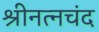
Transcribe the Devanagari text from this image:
श्रीनत्नचंद